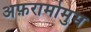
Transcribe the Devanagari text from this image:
अफ़रामोमुम